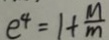
e ^ { 4 } = 1 + \frac { M } { m }